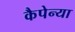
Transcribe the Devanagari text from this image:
कैपेन्या